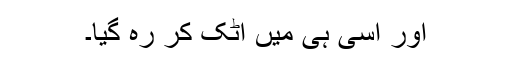
اور اسی ہی میں اٹک کر رہ گیا۔